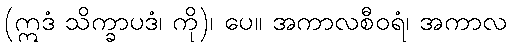
(ဣဒံ သိက္ခာပဒံ၊ ကို)၊ ပေ။ အကာလစီဝရံ၊ အကာလ